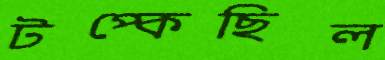
টপ্‌কেছিল